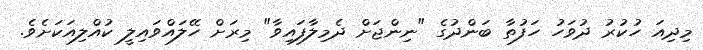
މިދިއަ ހުކުރު ދުވަހު ހަފުތާ ބަންދުގެ "ނިންޖަށް ދެމިލާފައިވާ" މިރަށް ހޭލައްވައިލީ ކުއްލިއަކަށެވެ.